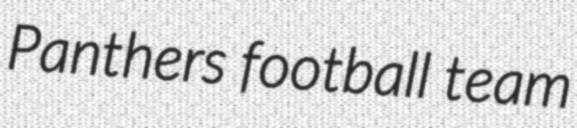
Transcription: Panthers football team